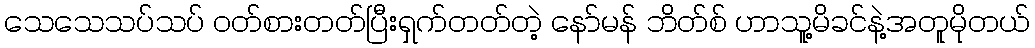
သေသေသပ်သပ် ဝတ်စားတတ်ပြီးရှက်တတ်တဲ့ နော်မန် ဘိတ်စ် ဟာသူ့မိခင်နဲ့အတူမိုတယ်